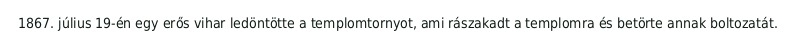
1867. július 19-én egy erős vihar ledöntötte a templomtornyot, ami rászakadt a templomra és betörte annak boltozatát.